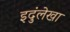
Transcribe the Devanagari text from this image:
इदुंलेखा